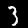
Label: 3